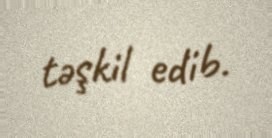
təşkil edib.